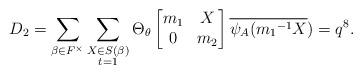
LaTeX: \begin{align*} D_2=\displaystyle \sum_{\beta \in F^{\times}} \sum_{\substack{X\in S(\beta) \\ t=1 }}\Theta_{\theta} \begin{bmatrix} m_1 & X\\0 & m_2\end{bmatrix}\overline{\psi_A({m_1}^{-1}X})=q^8.\end{align*}